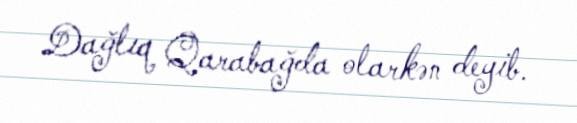
Dağlıq Qarabağda olarkən deyib.